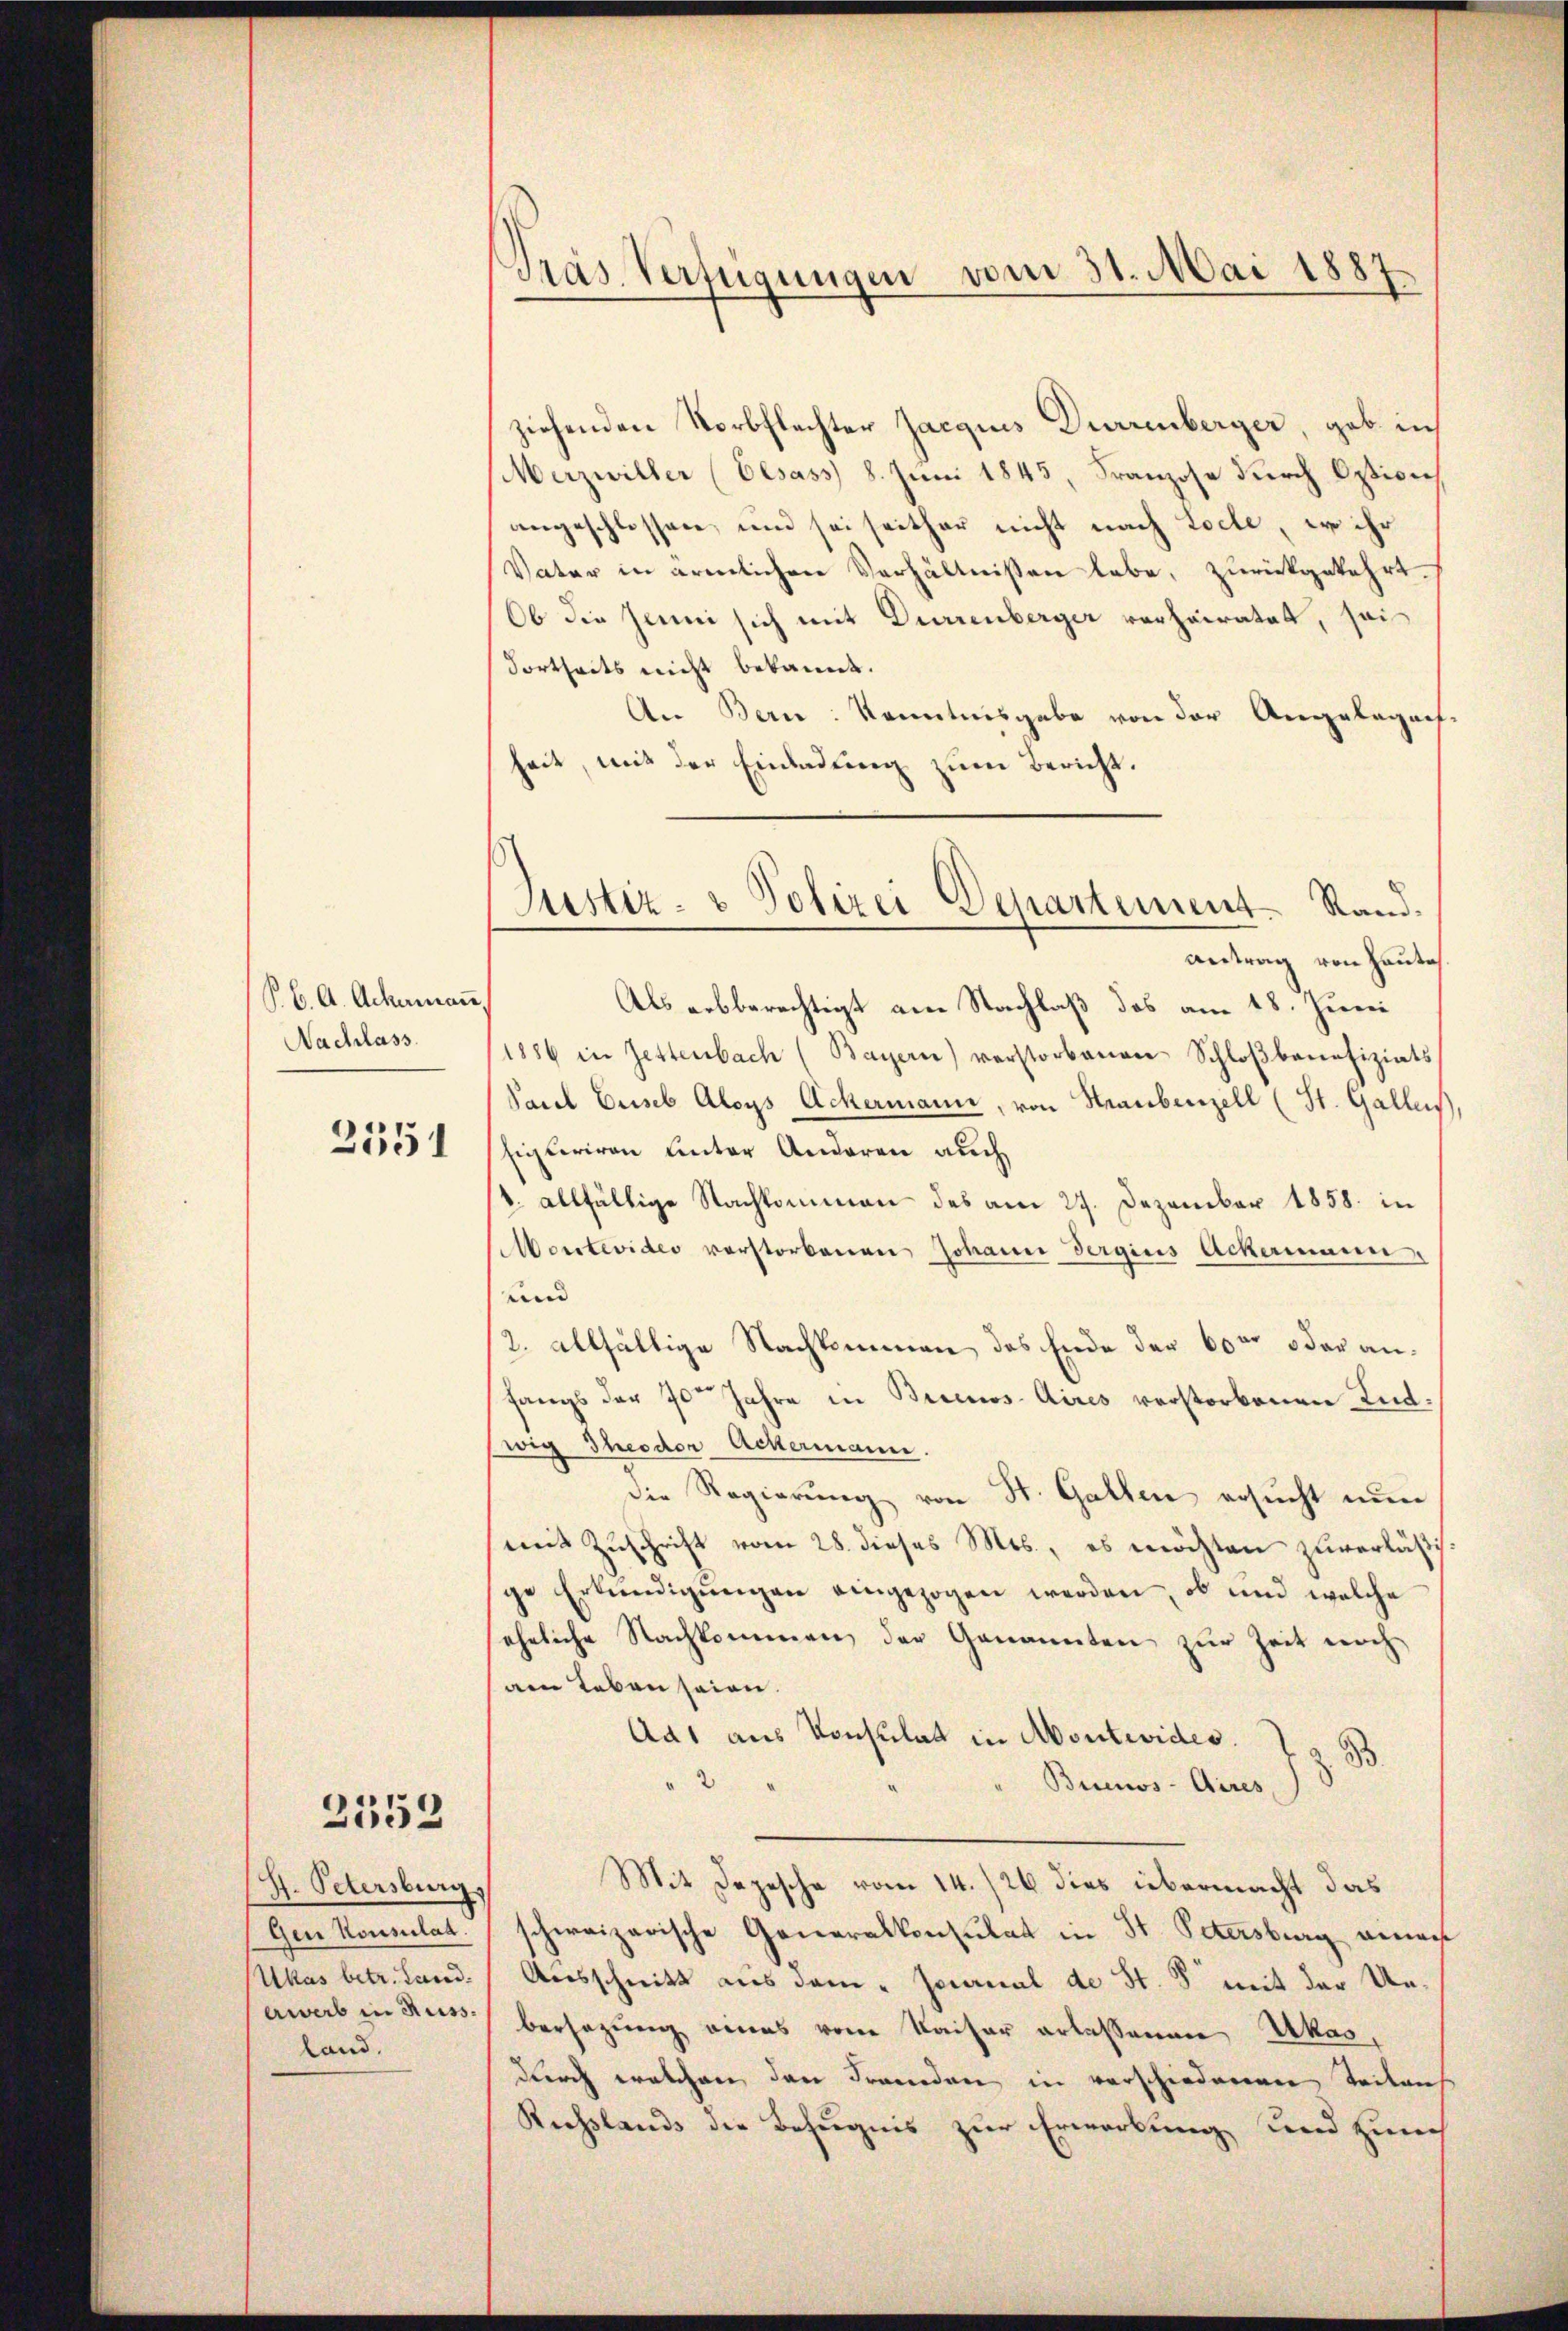
Bb. A. Ackermaṅ,
Nachlass

2551

2552

H. Petersburg,
gen Konsulat
ewerb in Russ.
land.

Pras Verfügungen vom 31. Mai 1887

ziehenden Norbflechter Jacquis Durrenberger, gab in
Meizwiller (Elsass) 8. Juni 1845, Franzose durch Option
angeschlossen, und sei seither nicht nach Loche, wo ihr
Vater in ärmlichen Verhältnissen habe, zurückgekehrt.
Ob die Jenni sich mit Dürrenberger verheiratet, soi
Fortheits nicht bekannt.
An Bern: kanntnisgabe von der Angelegens-
heit, mit der Einladung zum Bericht.
antrag von Haute
Als erbberechtigt am Nachlaß das am 18. Juni
1886 in Zettenbach (Bayern) verstorbenen Schloβbanefiziats
Pacel Euseb Aloys Ackermann, von Hraubenzell (St. Galles,
igleriven unter Anderen auch
8. allfällige Nachkommen des am 27. Dezember 1858. in
Montevider verstorbenen Johann dergius Ackermann
und |
12. allfällige Nachkommen des Ende der 600 oder anfangs der 7ten Jahre in Buenos Aires verstorbenen Ludwig Theodor Ackermann.
die Regierŭng von St. Gallen ersucht nun
mit Zuschrift vom 28. dieses Mts., es möchten zuverläßig
ge Erkundigŭngen eingezogen werden, ob und welche
seheliche Nachkommen der Genannten zur Zeit nocham Leben seien.
Ad1 aus Konsulat in Montevides.
2
Buenos-Aires,
Mit Depesche vom 14./26. dies übermacht das
schweizerische Generalkonsulat in St. Petersburg einach
Ukas betr. Land. Ausschnitt aus dem „Jocanal de St. 8 mit der Unbersezung eines vom Kaiser erlassenen Ukas,
durch welchen den Fremden in verschiedenen Teilense
Riesslands die Befugnis zur Erwerbung und Zürch

Justiz- & Polizei Departement. Sand¬